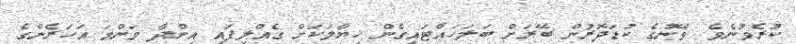
ކުރެވުނެވެ. ވޭނުގެ ކުޑަދޮރުން ބޭރަށް ބަލަހައްޓައިގެން ޚިޔާލަކަށް ގެއްލިފައި އިންދާ މަންމަ އަހަރެންގެ